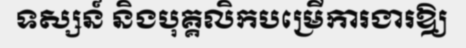
ទស្សន៍ និងបុគ្គលិកបម្រើការងារឱ្យ